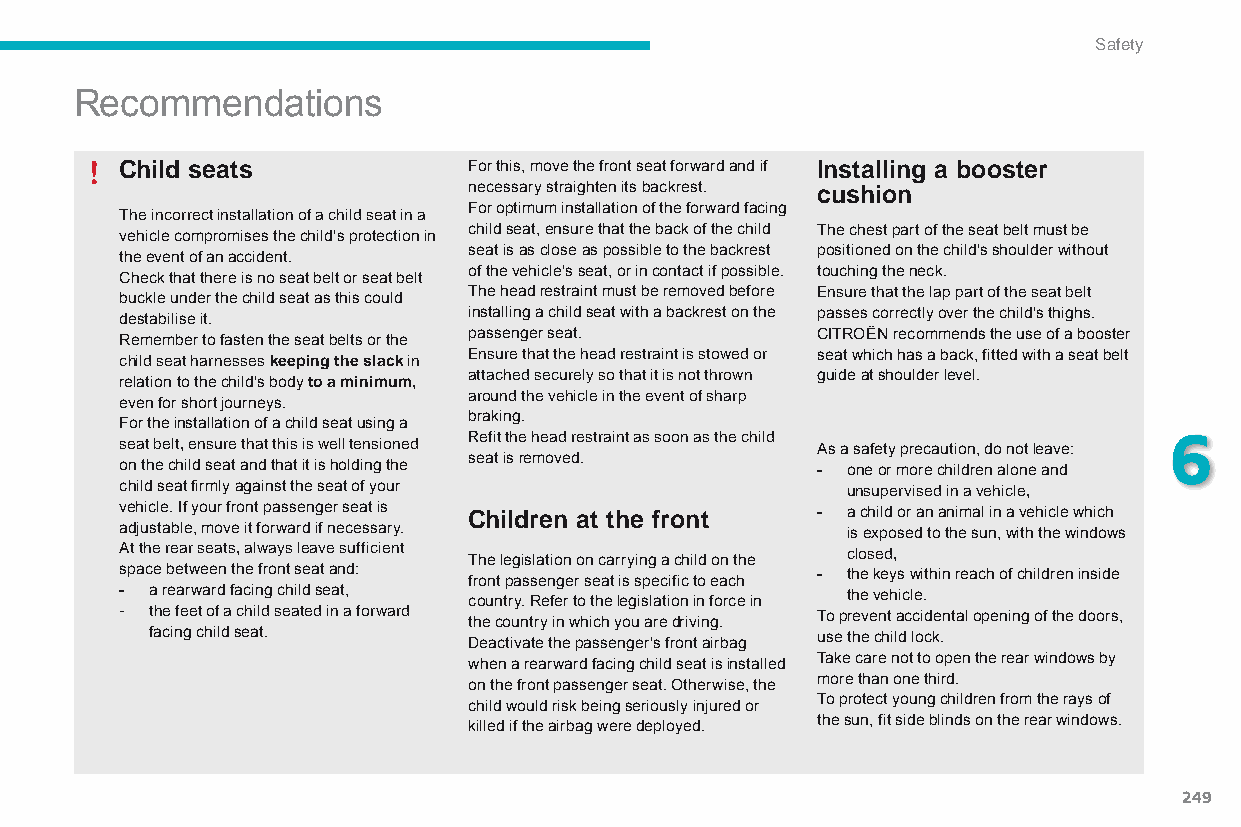
Safety
 Recommendations
 Child seats            For this, move the front seat forward and if Installing a booster
 necessary straighten its backrest. cushion
 For optimum installation of the forward facing
 The incorrect installation of a child seat in a
 child seat, ensure that the back of the child The chest part of the seat belt must be
 vehicle compromises the child's protection in
 seat is as close as possible to the backrest positioned on the child's shoulder without
 the event of an accident.
 of the vehicle's seat, or in contact if possible. touching the neck.
 Check that there is no seat belt or seat belt
 The head restraint must be removed before Ensure that the lap part of the seat belt
 buckle under the child seat as this could
 installing a child seat with a backrest on the passes correctly over the child's thighs.
 destabilise it.
 passenger seat.        CITROËN recommends the use of a booster
 Remember to fasten the seat belts or the
 Ensure that the head restraint is stowed or seat which has a back, fitted with a seat belt
 child seat harnesses keeping the slack in
 attached securely so that it is not thrown guide at shoulder level.
 relation to the child's body to a minimum,
 around the vehicle in the event of sharp
 even for short journeys.
 braking.
 For the installation of a child seat using a
 Refit the head restraint as soon as the child 6
 seat belt, ensure that this is well tensioned As a safety precaution, do not leave:
 seat is removed.
 on the child seat and that it is holding the  - one or more children alone and
 child seat firmly against the seat of your      unsupervised in a vehicle,
 vehicle. If your front passenger seat is Children at the front - a child or an animal in a vehicle which
 adjustable, move it forward if necessary.       is exposed to the sun, with the windows
 at the rear seats, always leave sufficient The legislation on carrying a child on the closed,
 space between the front seat and: front passenger seat is specific to each - the keys within reach of children inside
 - a rearward facing child seat, country. Refer to the legislation in force in the vehicle.
 - the feet of a child seated in a forward the country in which you are driving. To prevent accidental opening of the doors,
 facing child seat.   Deactivate the passenger's front airbag use the child lock.
 when a rearward facing child seat is installed Take care not to open the rear windows by
 on the front passenger seat. Otherwise, the more than one third.
 child would risk being seriously injured or To protect young children from the rays of
 killed if the airbag were deployed. the sun, fit side blinds on the rear windows.
 249
 C4-Picasso-II_en_Chap06_securite_ed01-2015